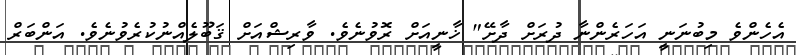
އެހެންވެ މިބުނަނީ އަހަރެންނާ ދުރަށް ދާށޭ" ޚާނީއަށް ރޮވުނެވެ. ވާރިޝްއަށް ޤަބޫލެއްނުކުރެވުނެވެ. އަންބަރް